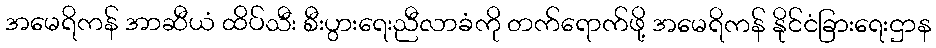
အမေရိကန် အာဆီယံ ထိပ်သီး စီးပွားရေးညီလာခံကို တက်ရောက်ဖို့ အမေရိကန် နိုင်ငံခြားရေးဌာန